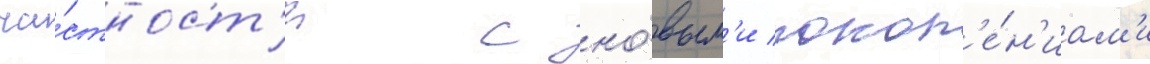
ча́стност'и с но́вым'и покол'е́н'иам'и